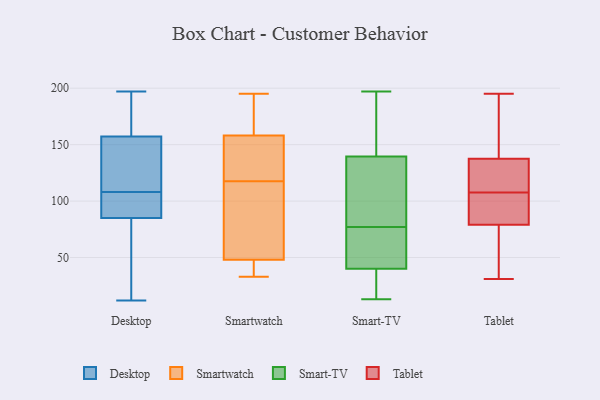
{"axis": {"x": "Humidity (%)", "y": "Value"}, "legend": ["Desktop", "Smart-TV", "Smartwatch", "Tablet"], "data": [{"x": "", "y": 108, "type": "Desktop"}, {"x": "", "y": 174, "type": "Desktop"}, {"x": "", "y": 43, "type": "Desktop"}, {"x": "", "y": 128, "type": "Desktop"}, {"x": "", "y": 197, "type": "Desktop"}, {"x": "", "y": 79, "type": "Desktop"}, {"x": "", "y": 162, "type": "Desktop"}, {"x": "", "y": 105, "type": "Desktop"}, {"x": "", "y": 143, "type": "Desktop"}, {"x": "", "y": 103, "type": "Desktop"}, {"x": "", "y": 12, "type": "Desktop"}, {"x": "", "y": 124, "type": "Smartwatch"}, {"x": "", "y": 156, "type": "Smartwatch"}, {"x": "", "y": 99, "type": "Smartwatch"}, {"x": "", "y": 150, "type": "Smartwatch"}, {"x": "", "y": 111, "type": "Smartwatch"}, {"x": "", "y": 129, "type": "Smartwatch"}, {"x": "", "y": 195, "type": "Smartwatch"}, {"x": "", "y": 51, "type": "Smartwatch"}, {"x": "", "y": 66, "type": "Smartwatch"}, {"x": "", "y": 45, "type": "Smartwatch"}, {"x": "", "y": 134, "type": "Smartwatch"}, {"x": "", "y": 36, "type": "Smartwatch"}, {"x": "", "y": 76, "type": "Smartwatch"}, {"x": "", "y": 33, "type": "Smartwatch"}, {"x": "", "y": 33, "type": "Smartwatch"}, {"x": "", "y": 190, "type": "Smartwatch"}, {"x": "", "y": 175, "type": "Smartwatch"}, {"x": "", "y": 190, "type": "Smartwatch"}, {"x": "", "y": 160, "type": "Smartwatch"}, {"x": "", "y": 43, "type": "Smartwatch"}, {"x": "", "y": 135, "type": "Smart-TV"}, {"x": "", "y": 45, "type": "Smart-TV"}, {"x": "", "y": 197, "type": "Smart-TV"}, {"x": "", "y": 175, "type": "Smart-TV"}, {"x": "", "y": 117, "type": "Smart-TV"}, {"x": "", "y": 35, "type": "Smart-TV"}, {"x": "", "y": 95, "type": "Smart-TV"}, {"x": "", "y": 77, "type": "Smart-TV"}, {"x": "", "y": 13, "type": "Smart-TV"}, {"x": "", "y": 64, "type": "Smart-TV"}, {"x": "", "y": 41, "type": "Smart-TV"}, {"x": "", "y": 153, "type": "Smart-TV"}, {"x": "", "y": 181, "type": "Smart-TV"}, {"x": "", "y": 37, "type": "Smart-TV"}, {"x": "", "y": 81, "type": "Smart-TV"}, {"x": "", "y": 21, "type": "Smart-TV"}, {"x": "", "y": 56, "type": "Smart-TV"}, {"x": "", "y": 82, "type": "Tablet"}, {"x": "", "y": 99, "type": "Tablet"}, {"x": "", "y": 100, "type": "Tablet"}, {"x": "", "y": 76, "type": "Tablet"}, {"x": "", "y": 31, "type": "Tablet"}, {"x": "", "y": 133, "type": "Tablet"}, {"x": "", "y": 195, "type": "Tablet"}, {"x": "", "y": 117, "type": "Tablet"}, {"x": "", "y": 55, "type": "Tablet"}, {"x": "", "y": 142, "type": "Tablet"}, {"x": "", "y": 115, "type": "Tablet"}, {"x": "", "y": 162, "type": "Tablet"}]}